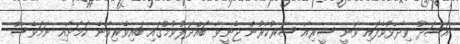
އަސަދު ވިދާޅުވެފައި ވަނީ ސީރިއާ ސަރުކާރުން ޖެނީވާ ބައްދަލުވުމުގައި ބައިވެރިވާނެ ކަމަށާއި ނަމަވެސް